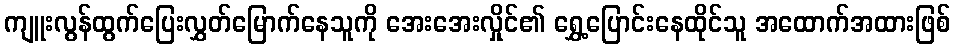
ကျူးလွန်ထွက်ပြေးလွှတ်မြောက်နေသူကို အေးအေးလှိုင်၏ ရွှေ့ပြောင်းနေထိုင်သူ အထောက်အထားဖြစ်